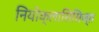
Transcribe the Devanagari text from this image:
नियोक्लासिसिज्म़